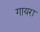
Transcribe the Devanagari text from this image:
गायरा